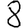
Digit: 8